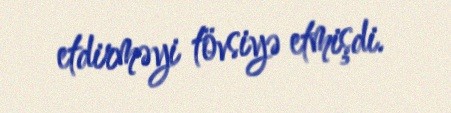
etdirməyi tövsiyə etmişdi.